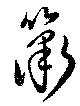
簫